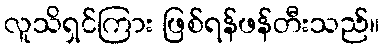
လူသိရှင်ကြား ဖြစ်ရန်ဖန်တီးသည်။